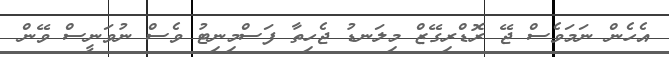
އެހެން ނަމަވެސް ޖޭ ރޮޑްރިގޭޒް މިލަނޑު ޖެހިތާ ފަސްމިނިޓު ވެސް ނުވަނީސް ވޭން